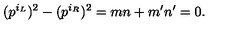
( p ^ { i _ { L } } ) ^ { 2 } - ( p ^ { i _ { R } } ) ^ { 2 } = m n + m ^ { \prime } n ^ { \prime } = 0 .